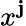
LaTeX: x^{\mathbf{j}}